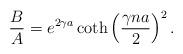
LaTeX: \begin{align*}\frac{B}{A} = e^{2 \gamma a} \coth\left(\frac{\gamma n a}{2}\right)^2.\end{align*}